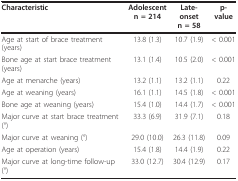
<table><thead><tr><td><b>Characteristic</b></td><td><b>Adolescentn = 214</b></td><td><b>Late-onsetn = 58</b></td><td><b>p-value</b></td></tr></thead><tbody><tr><td>Age at start of brace treatment (years)</td><td>13.8 (1.3)</td><td>10.7 (1.9)</td><td>&lt; 0.001</td></tr><tr><td>Bone age at start brace treatment (years)</td><td>13.1 (1.4)</td><td>10.5 (2.0)</td><td>&lt; 0.001</td></tr><tr><td>Age at menarche (years)</td><td>13.2 (1.1)</td><td>13.2 (1.1)</td><td>0.22</td></tr><tr><td>Age at weaning (years)</td><td>16.1 (1.1)</td><td>14.5 (1.8)</td><td>&lt; 0.001</td></tr><tr><td>Bone age at weaning (years)</td><td>15.4 (1.0)</td><td>14.4 (1.7)</td><td>&lt; 0.001</td></tr><tr><td>Major curve at start brace treatment (°)</td><td>33.3 (6.9)</td><td>31.9 (7.1)</td><td>0.18</td></tr><tr><td>Major curve at weaning (°)</td><td>29.0 (10.0)</td><td>26.3 (11.8)</td><td>0.09</td></tr><tr><td>Age at operation (years)</td><td>15.4 (1.8)</td><td>14.4 (1.9)</td><td>0.22</td></tr><tr><td>Major curve at long-time follow-up (°)</td><td>33.0 (12.7)</td><td>30.4 (12.9)</td><td>0.17</td></tr></tbody></table>